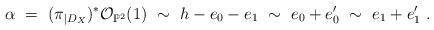
LaTeX: \begin{align*}\alpha \ = \ (\pi_{|D_X})^* \mathcal{O}_{\mathbb{P}^2}(1) \ \sim \ h-e_0-e_1 \ \sim \ e_0+e'_0 \ \sim \ e_1+e'_1 \ .\end{align*}